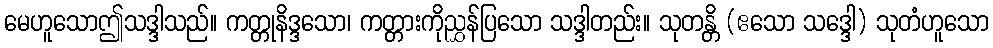
မေဟူသောဤသဒ္ဒါသည်။ ကတ္တုနိဒ္ဒသော၊ ကတ္တားကိုညွှန်ပြသော သဒ္ဒါတည်း။ သုတန္တိ (ဧသော သဒ္ဒေါ) သုတံဟူသော